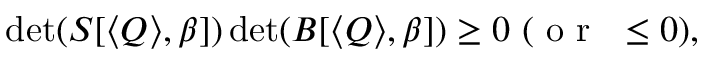
\operatorname* { d e t } ( S [ \langle Q \rangle , \beta ] ) \operatorname* { d e t } ( B [ \langle Q \rangle , \beta ] ) \ge 0 \ ( \mathrm { ~ o ~ r ~ } \ \le 0 ) ,